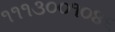
૧૧૧૩૦૦૧૦૪૬